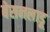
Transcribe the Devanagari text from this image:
बेसनलाडू